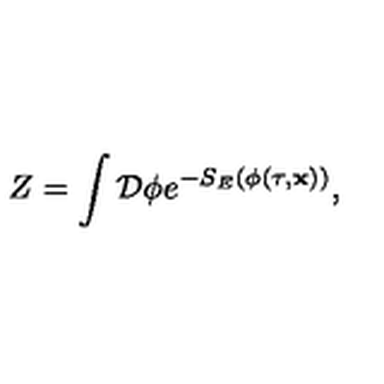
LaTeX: Z = \int { \cal D } \phi e ^ { - S _ { E } ( \phi ( \tau , { \bf x } ) ) } ,